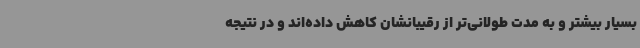
بسیار بیشتر و به مدت طولانی‌تر از رقیبانشان کاهش داده‌اند و در نتیجه